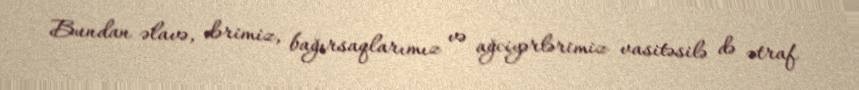
Bundan əlavə, dərimiz, bağırsaqlarımız və ağciyərlərimiz vasitəsilə də ətraf